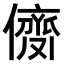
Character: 𠎗